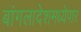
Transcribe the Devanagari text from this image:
बांगलादेशमध्येपार